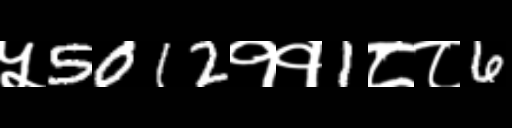
Text: ५5012११1८८6